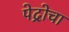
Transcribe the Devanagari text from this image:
पेद्रोचा